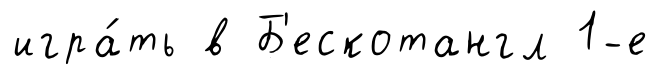
игра́ть в Б'ескотангл 1-е